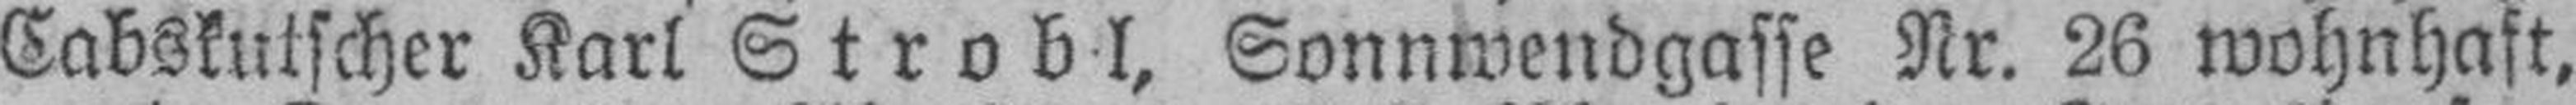
Cabskutscher Karl Strobl, Sonnwendgasse Nr. 26 wohnhaft,